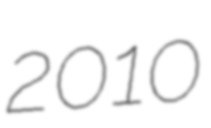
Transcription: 2010